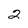
Character: 2